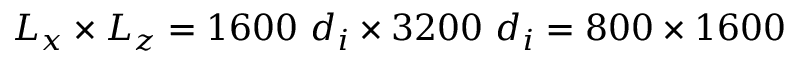
L _ { x } \times L _ { z } = 1 6 0 0 ~ d _ { i } \times 3 2 0 0 ~ d _ { i } = 8 0 0 \times 1 6 0 0